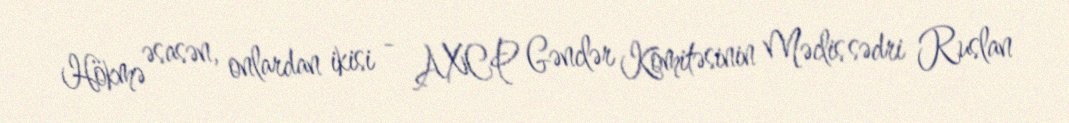
Hökmə əsasən, onlardan ikisi - AXCP Gənclər Komitəsinin Məclis sədri Ruslan